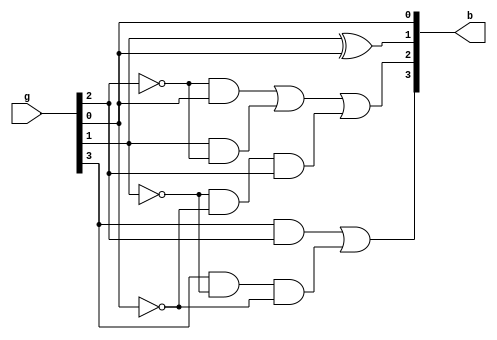
module q3(g,b);
input [3:0]g;
output [3:0]b;
assign b[0] = g[0];
assign b[1] = g[1]^g[0];
assign b[2] = (~g[2]&g[0])|(g[1]&~g[2])|(~g[1]&~g[0]&g[2]);
assign b[3] = (g[3]&g[2])|(g[3]&~g[1]&~g[0]);
endmodule